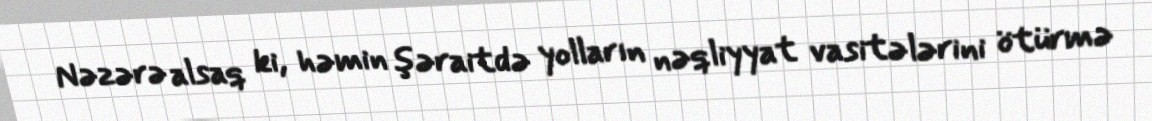
Nəzərə alsaq ki, həmin şəraitdə yolların nəqliyyat vasitələrini ötürmə